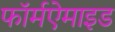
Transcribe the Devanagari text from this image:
फॉर्मऐमाइड